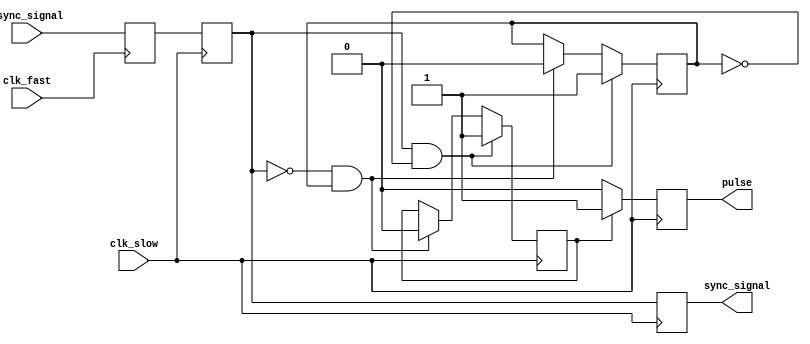
module pulsed_synchronizer (
    input wire clk_fast,        // Fast clock domain
    input wire clk_slow,        // Slow clock domain
    input wire async_signal,     // Asynchronous input signal
    output reg sync_signal,      // Synchronized output signal
    output reg pulse             // Pulsed output signal
);

    // Internal signals for synchronization
    reg async_reg1;             // First stage register
    reg async_reg2;             // Second stage register

    // Pulse generation signal
    reg pulse_gen;              // Pulse generation signal
    reg pulse_active;           // Indicates if pulse is active

    // First stage: Capture async signal on fast clock
    always @(posedge clk_fast) begin
        async_reg1 <= async_signal;
    end

    // Second stage: Capture the first stage output on slow clock
    always @(posedge clk_slow) begin
        async_reg2 <= async_reg1;
        sync_signal <= async_reg2;
    end

    // Pulse generation logic
    always @(posedge clk_slow) begin
        if (async_reg2 && !pulse_active) begin
            pulse_gen <= 1'b1;      // Start pulse
            pulse_active <= 1'b1;   // Set pulse active
        end else if (!async_reg2 && pulse_active) begin
            pulse_gen <= 1'b0;      // End pulse
            pulse_active <= 1'b0;   // Reset pulse active
        end else begin
            pulse_gen <= pulse_gen; // Maintain pulse state
        end
    end

    // Generate a pulse of defined width
    always @(posedge clk_slow) begin
        if (pulse_gen) begin
            pulse <= 1'b1;          // Assert pulse
        end else begin
            pulse <= 1'b0;          // Deassert pulse
        end
    end

endmodule